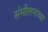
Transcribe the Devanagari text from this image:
संमीलनाच्या